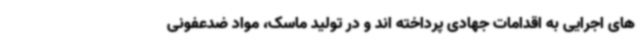
های اجرایی به اقدامات جهادی پرداخته اند و در تولید ماسک، مواد ضدعفونی